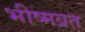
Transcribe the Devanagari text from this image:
भीष्मव्रत